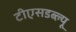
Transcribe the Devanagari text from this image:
टीएसडब्ल्यू